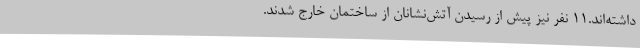
داشته‌اند.11 نفر نیز پیش از رسیدن آتش‌نشانان از ساختمان خارج شدند.